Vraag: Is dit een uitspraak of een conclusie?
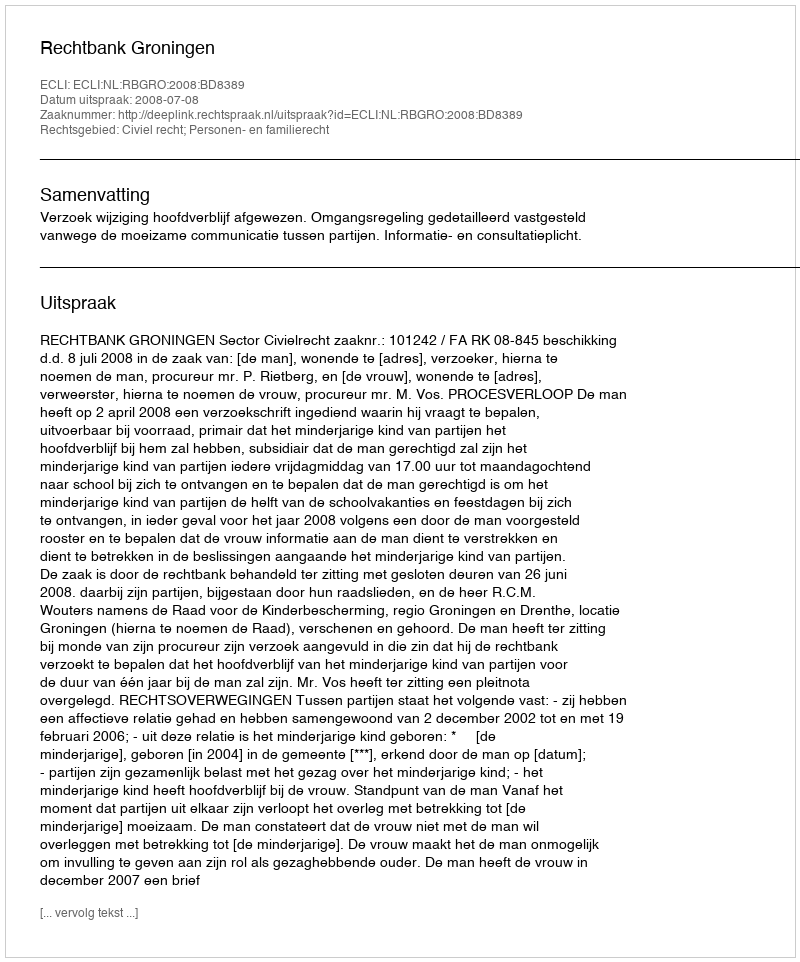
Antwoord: Uitspraak